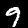
Label: 9